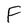
Character: F